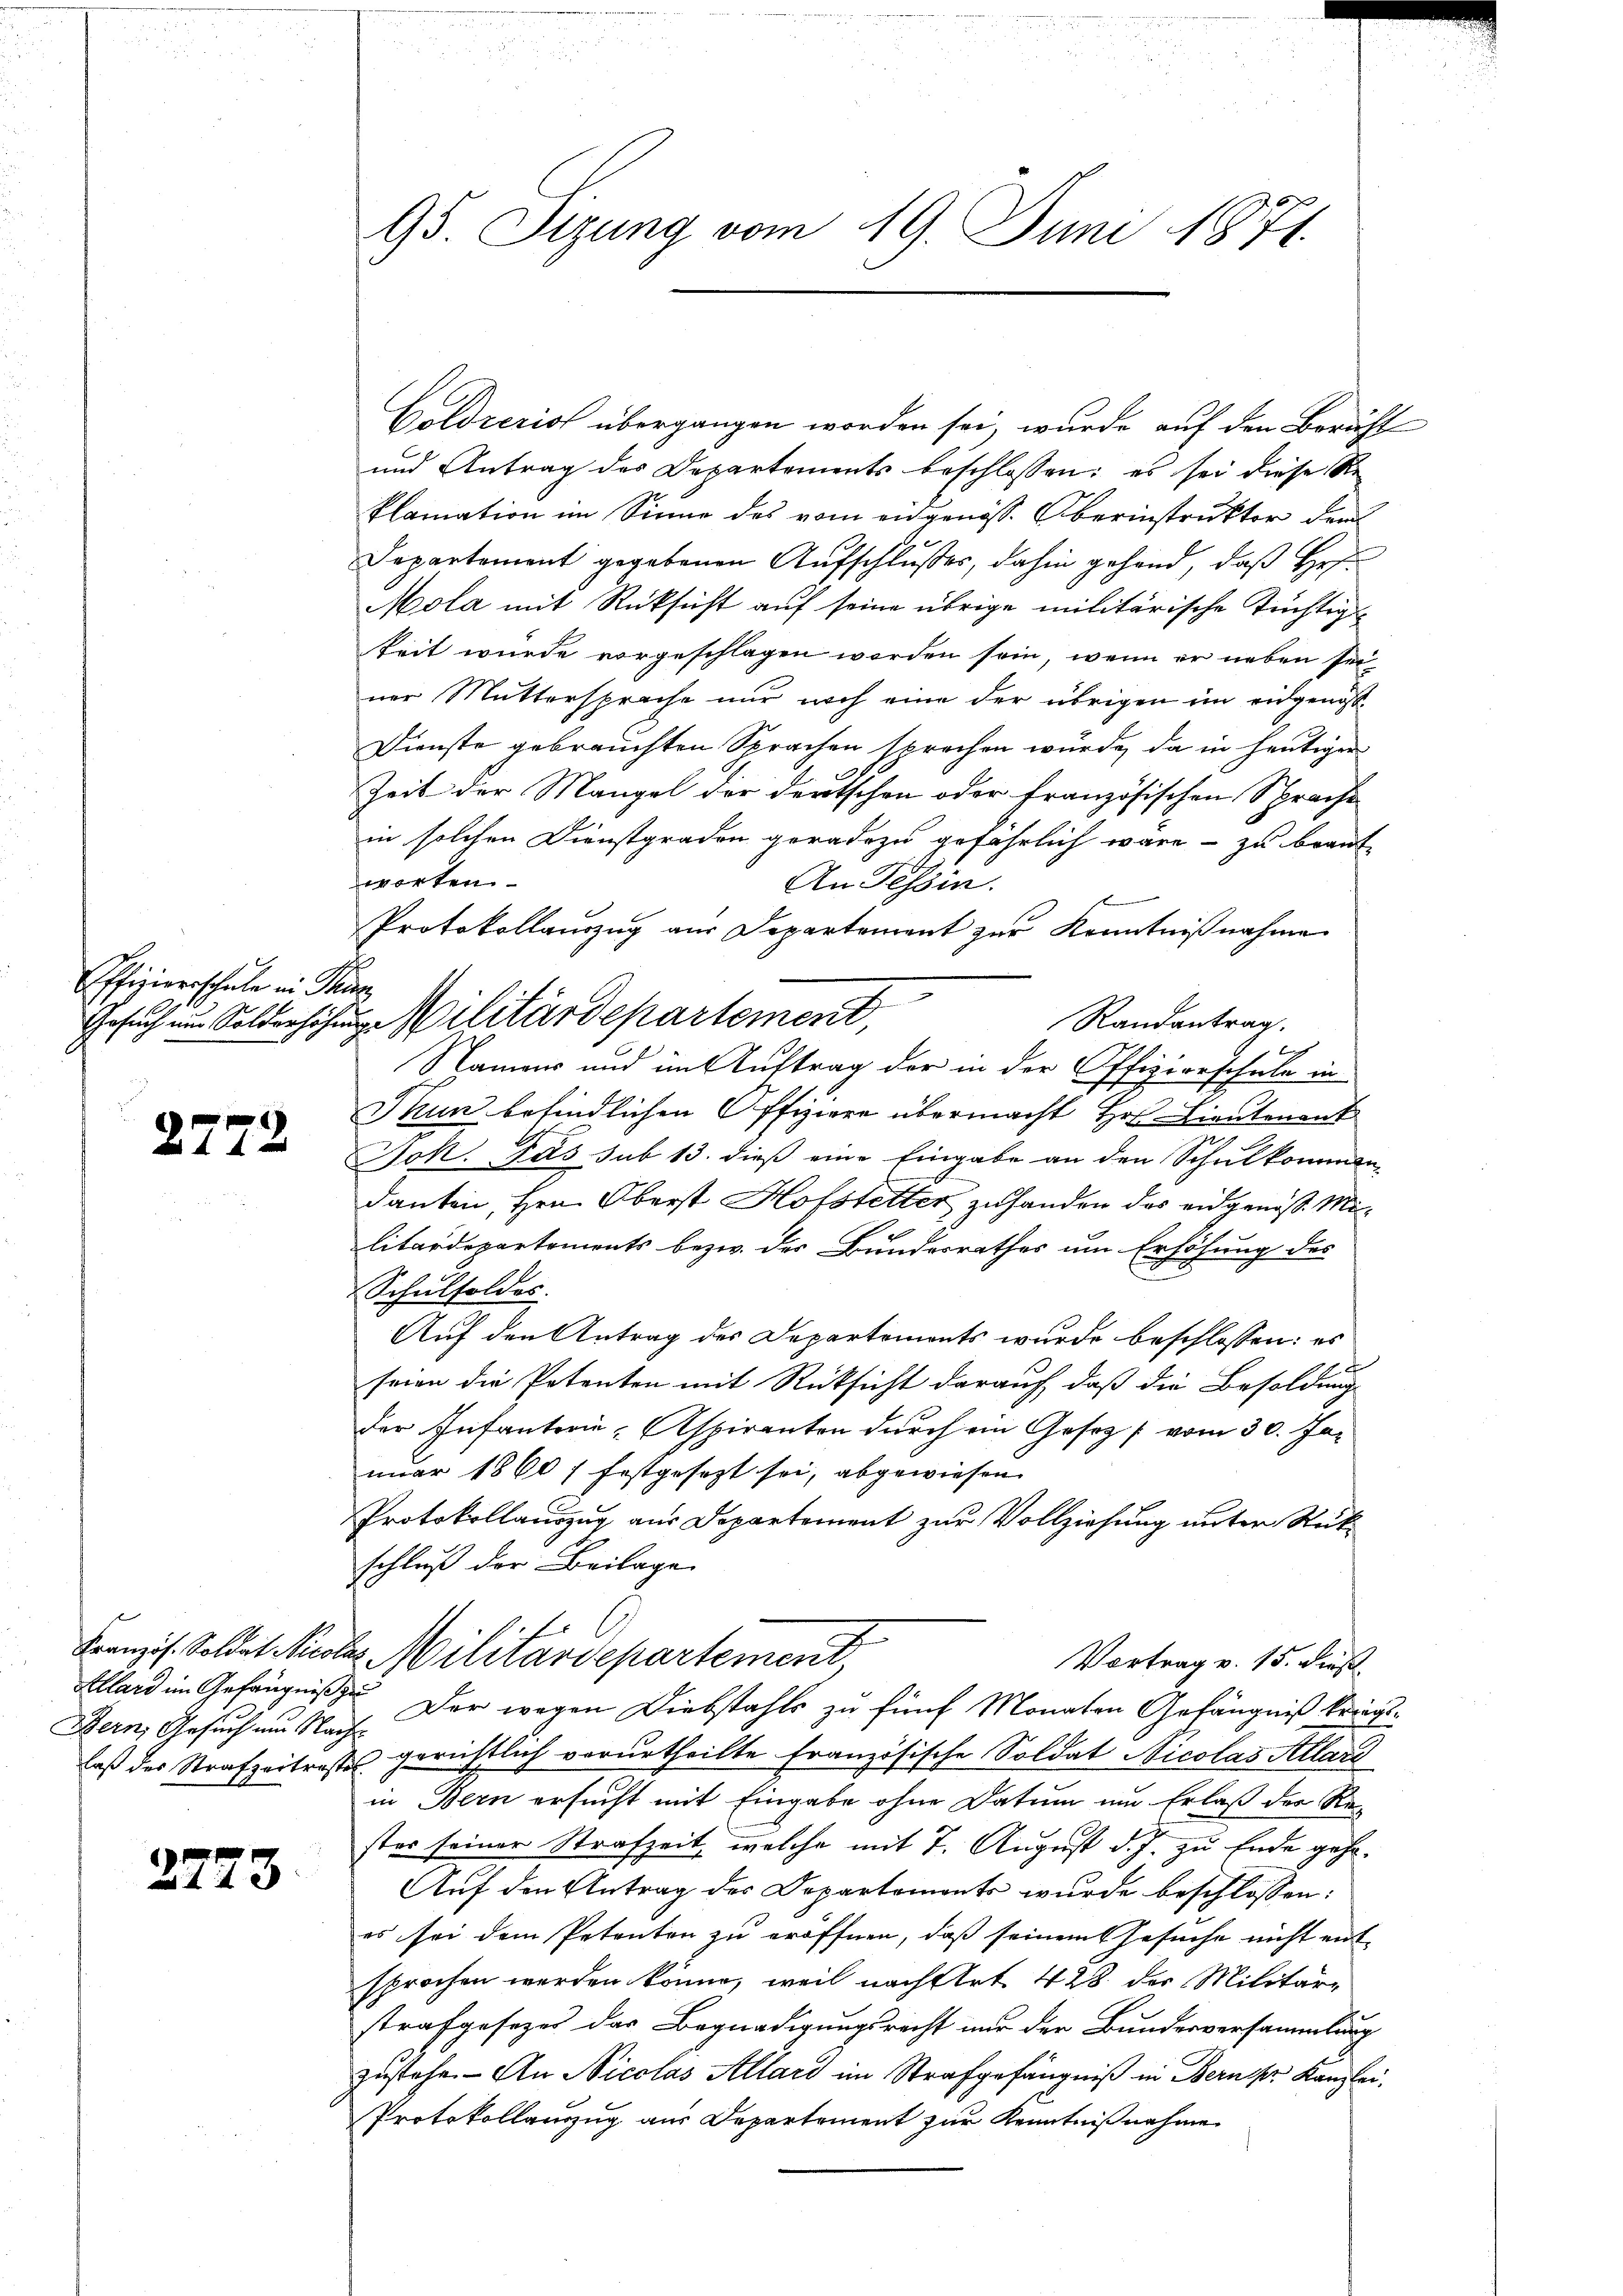
Offiziersschule in In
Gesuch und Solderhöh

2772

Klard im Gefängniß zu
Bern, Gesuch am Nach-
laß des Strafzeitraste

2773

95. Sizung vom 19. Juni 1871.

Coldreriol übergangen worden sei, wurde auf den Bericht
und Antrag des Departements beschlossen; es sei diese Ste
Plamation im Sinne des vom engenöss. Oberinstruktor dem
Departement gegebenen Aufschlußes, dahin gehend, daß Her
Mola mit Rücksicht auf seine übrige militärische tüchtig
keit wurde vorgeschlagen worden sein, wenn er neben seiner Muttersprache nur noch eine der übrigen im eidgenos¬
Dienste gebrauchten Sprachen sprechen würde, da in heutiger
Zeit der Mangel der Deutschen oder französischen Sprache
in solchen Dienstgraden geradezu gefährlich wäre - zu brant
worten
An Tessin.
Protokollanzug aus Departement zur Kenntnißnahme
Randantrag.
Namen und im Auftrag der in der Offizierschule in
Thun befindlichen Offiziere übermacht Hr. Lieutenant
3
Jok. Das sub 13. dieß eine Eingabe an den Schulkommen
danken, Hrn. Oberst Hofstetter zu handen das eidgenoß Militärdepartements bezw. der Bundesrathes um Erhöhung des
Schulsoldes.
Auf den Antrag des Departemonts wurde beschlossen: es
seien die Patenten mit Rücksicht darauf, daß die Besoldung
der Infanterie, Aspiranten durch ein Gesetz vom 30. Januar 1860 / festgesezt sei, abgewiesen
Protokollauszug aus Departement zur Vollziehung unter Reit-
schluß der Beilage
Franzis. Soldat Nicolas Militärdepartement
Vortrag v. 15. dieß
Der wegen Diebstahls zu fünf Monaten Gefängniß kriegs¬
 gerichtlich vorurtheilte Französische Soldat Nicolas Allard
in Bern ersucht mit Eingabe ohne Datum um Erlaß der Re-
ster seiner Strafzeit, welche mit 7. August d. J. zu Ende gehe¬
Auf den Antrag des Departements wurde beschlossen:
es sei dem Petenten zu eröffnen, daß seinem Gesuche nicht entsprochen werden könne, weil nach Art. 428. der Militär-
strafgesezes das Begnadigungsrecht nur der Bundesversammlung
zustehe. - An Nicolas Allard im Strafgefängniß in Berner Kanzlei-
Protokollanzug aus Departement zur Kenntnißnahme

d
u Militärdepartement

2